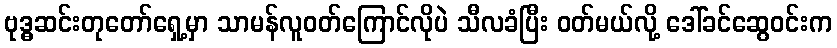
ဗုဒ္ဓဆင်းတုတော်ရှေ့မှာ သာမန်လူဝတ်ကြောင်လိုပဲ သီလခံပြီး ဝတ်မယ်လို့ ဒေါ်ခင်ဆွေဝင်းက